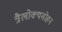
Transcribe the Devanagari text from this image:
त्रैलोक्यमोहन